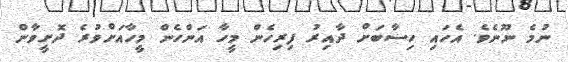
ނުމެ ނޫނެވެ. އެހައި ހިސާބަށް ދާއިރު ފިރިހެން މީހާ އަންހެން މީހާއަށްވުރެ ދޮށީވާން